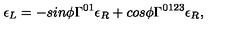
\epsilon _ { L } = - s i n \phi \Gamma ^ { 0 1 } \epsilon _ { R } + c o s \phi \Gamma ^ { 0 1 2 3 } \epsilon _ { R } , \,